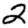
Digit: 2